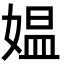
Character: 媪